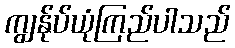
ကျွန်ုပ်ယုံကြည်ပါသည်